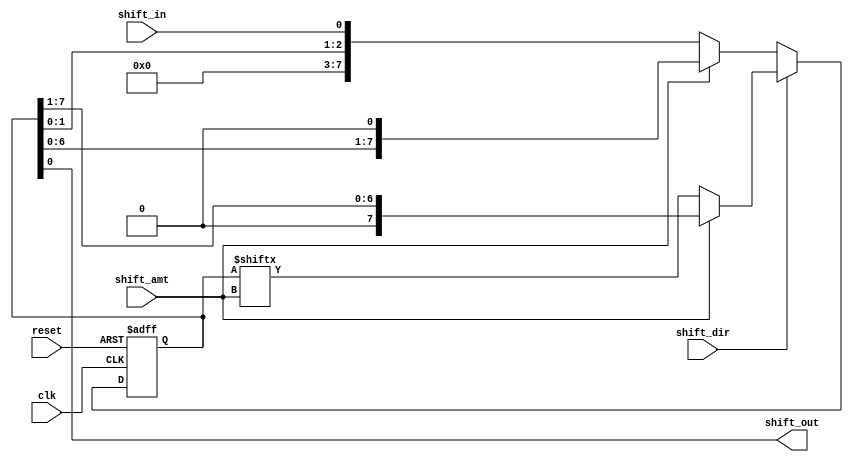
module bidirectional_shift_register (
    input clk,
    input reset,
    input shift_in,
    input shift_dir,
    input shift_amt,
    output reg shift_out
    );
    
    reg [7:0] data;
    
    always @(posedge clk or posedge reset) begin
        if (reset) begin
            data <= 8'b0;
        end else begin
            if (shift_dir) begin // Right shift
                if (shift_amt == 1) begin
                    data <= {1'b0, data[7:1]};
                end else begin
                    data <= {shift_in, data[7:shift_amt]};
                end
            end else begin // Left shift
                if (shift_amt == 1) begin
                    data <= {data[6:0], 1'b0};
                end else begin
                    data <= {data[shift_amt-1:0], shift_in};
                end
            end
        end
    end
    
    assign shift_out = data[0];
    
endmodule